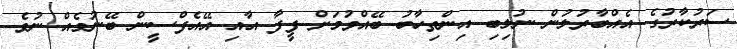
ސަރުކާރުގެ އެއްބާރުލުން ނުލިބި އިންތިހާބު ބޭއްވުމަށް ފީފާ އާއި އޭއެފްސީން ބޭނުމެއް ނުވެ